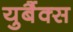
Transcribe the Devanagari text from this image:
युबैंक्स